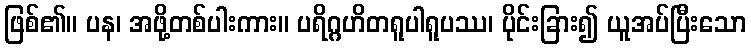
ဖြစ်၏။ ပန၊ အဖို့တစ်ပါးကား။ ပရိဂ္ဂဟိတရူပါရူပဿ၊ ပိုင်းခြား၍ ယူအပ်ပြီးသော